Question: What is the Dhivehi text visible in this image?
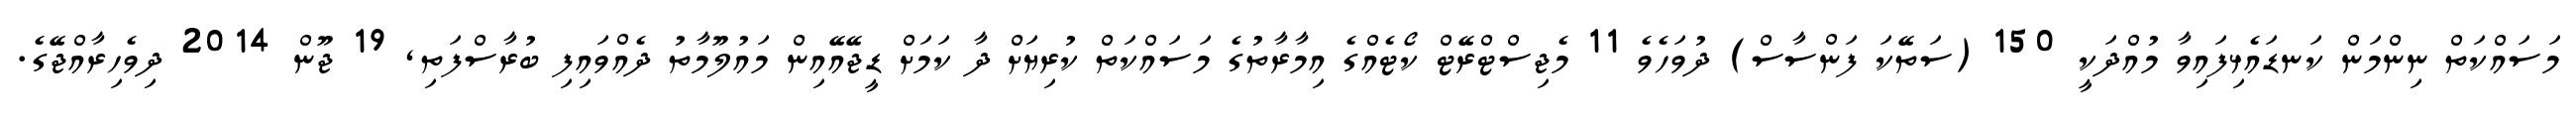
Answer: މަސައްކަތް ނިންމަން ކަނޑައެޅިފައިވާ މުއްދަކީ 150 (ސަތޭކަ ފަންސާސް) ދުވަހެވެ 11 މެޖިސްޓްރޭޓް ކޯޓެއްގެ އިމާރާތުގެ މަސައްކަތް ކުރިޔަށް ދާ ކަމަށް ޑީޖޭއޭއިން މައުލޫމާތު ދެއްވައިފި ބުރާސްފަތި, 19 ޖޫން 2014 ދިވެހިރާއްޖޭގެ.